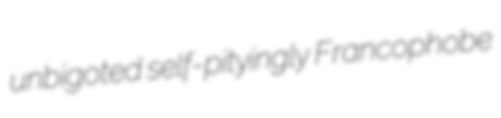
unbigoted self-pityingly Francophobe